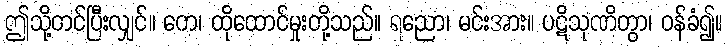
ဤသို့တင်ပြီးလျှင်။ တေ၊ ထိုထောင်မှုးတို့သည်။ ရညော၊ မင်းအား။ ပဋိသုဏိတွာ၊ ဝန်ခံ၍။